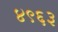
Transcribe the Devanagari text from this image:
४९६३